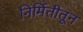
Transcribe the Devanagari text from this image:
निर्मितीतून